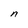
Character: n